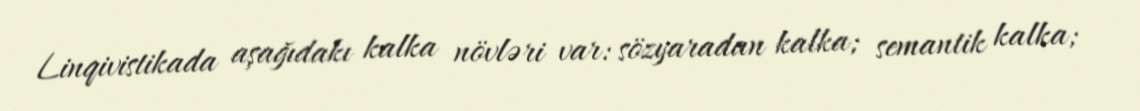
Linqivistikada aşağıdakı kalka növləri var: sözyaradan kalka; semantik kalka;